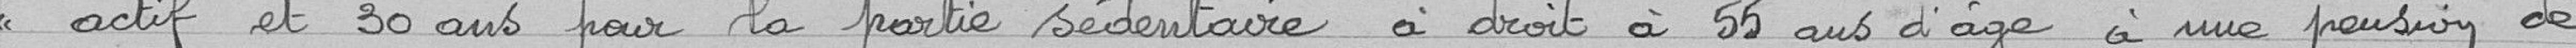
<< actif et 30 ans pour la partie sédentaire a droit à 55 ans d'age à une pension de